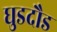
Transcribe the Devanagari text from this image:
घुडदौड